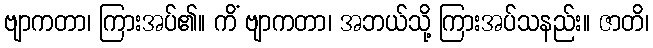
ဗျာကတာ၊ ကြားအပ်၏။ ကိံ ဗျာကတာ၊ အဘယ်သို့ ကြားအပ်သနည်း။ ဇာတိ၊